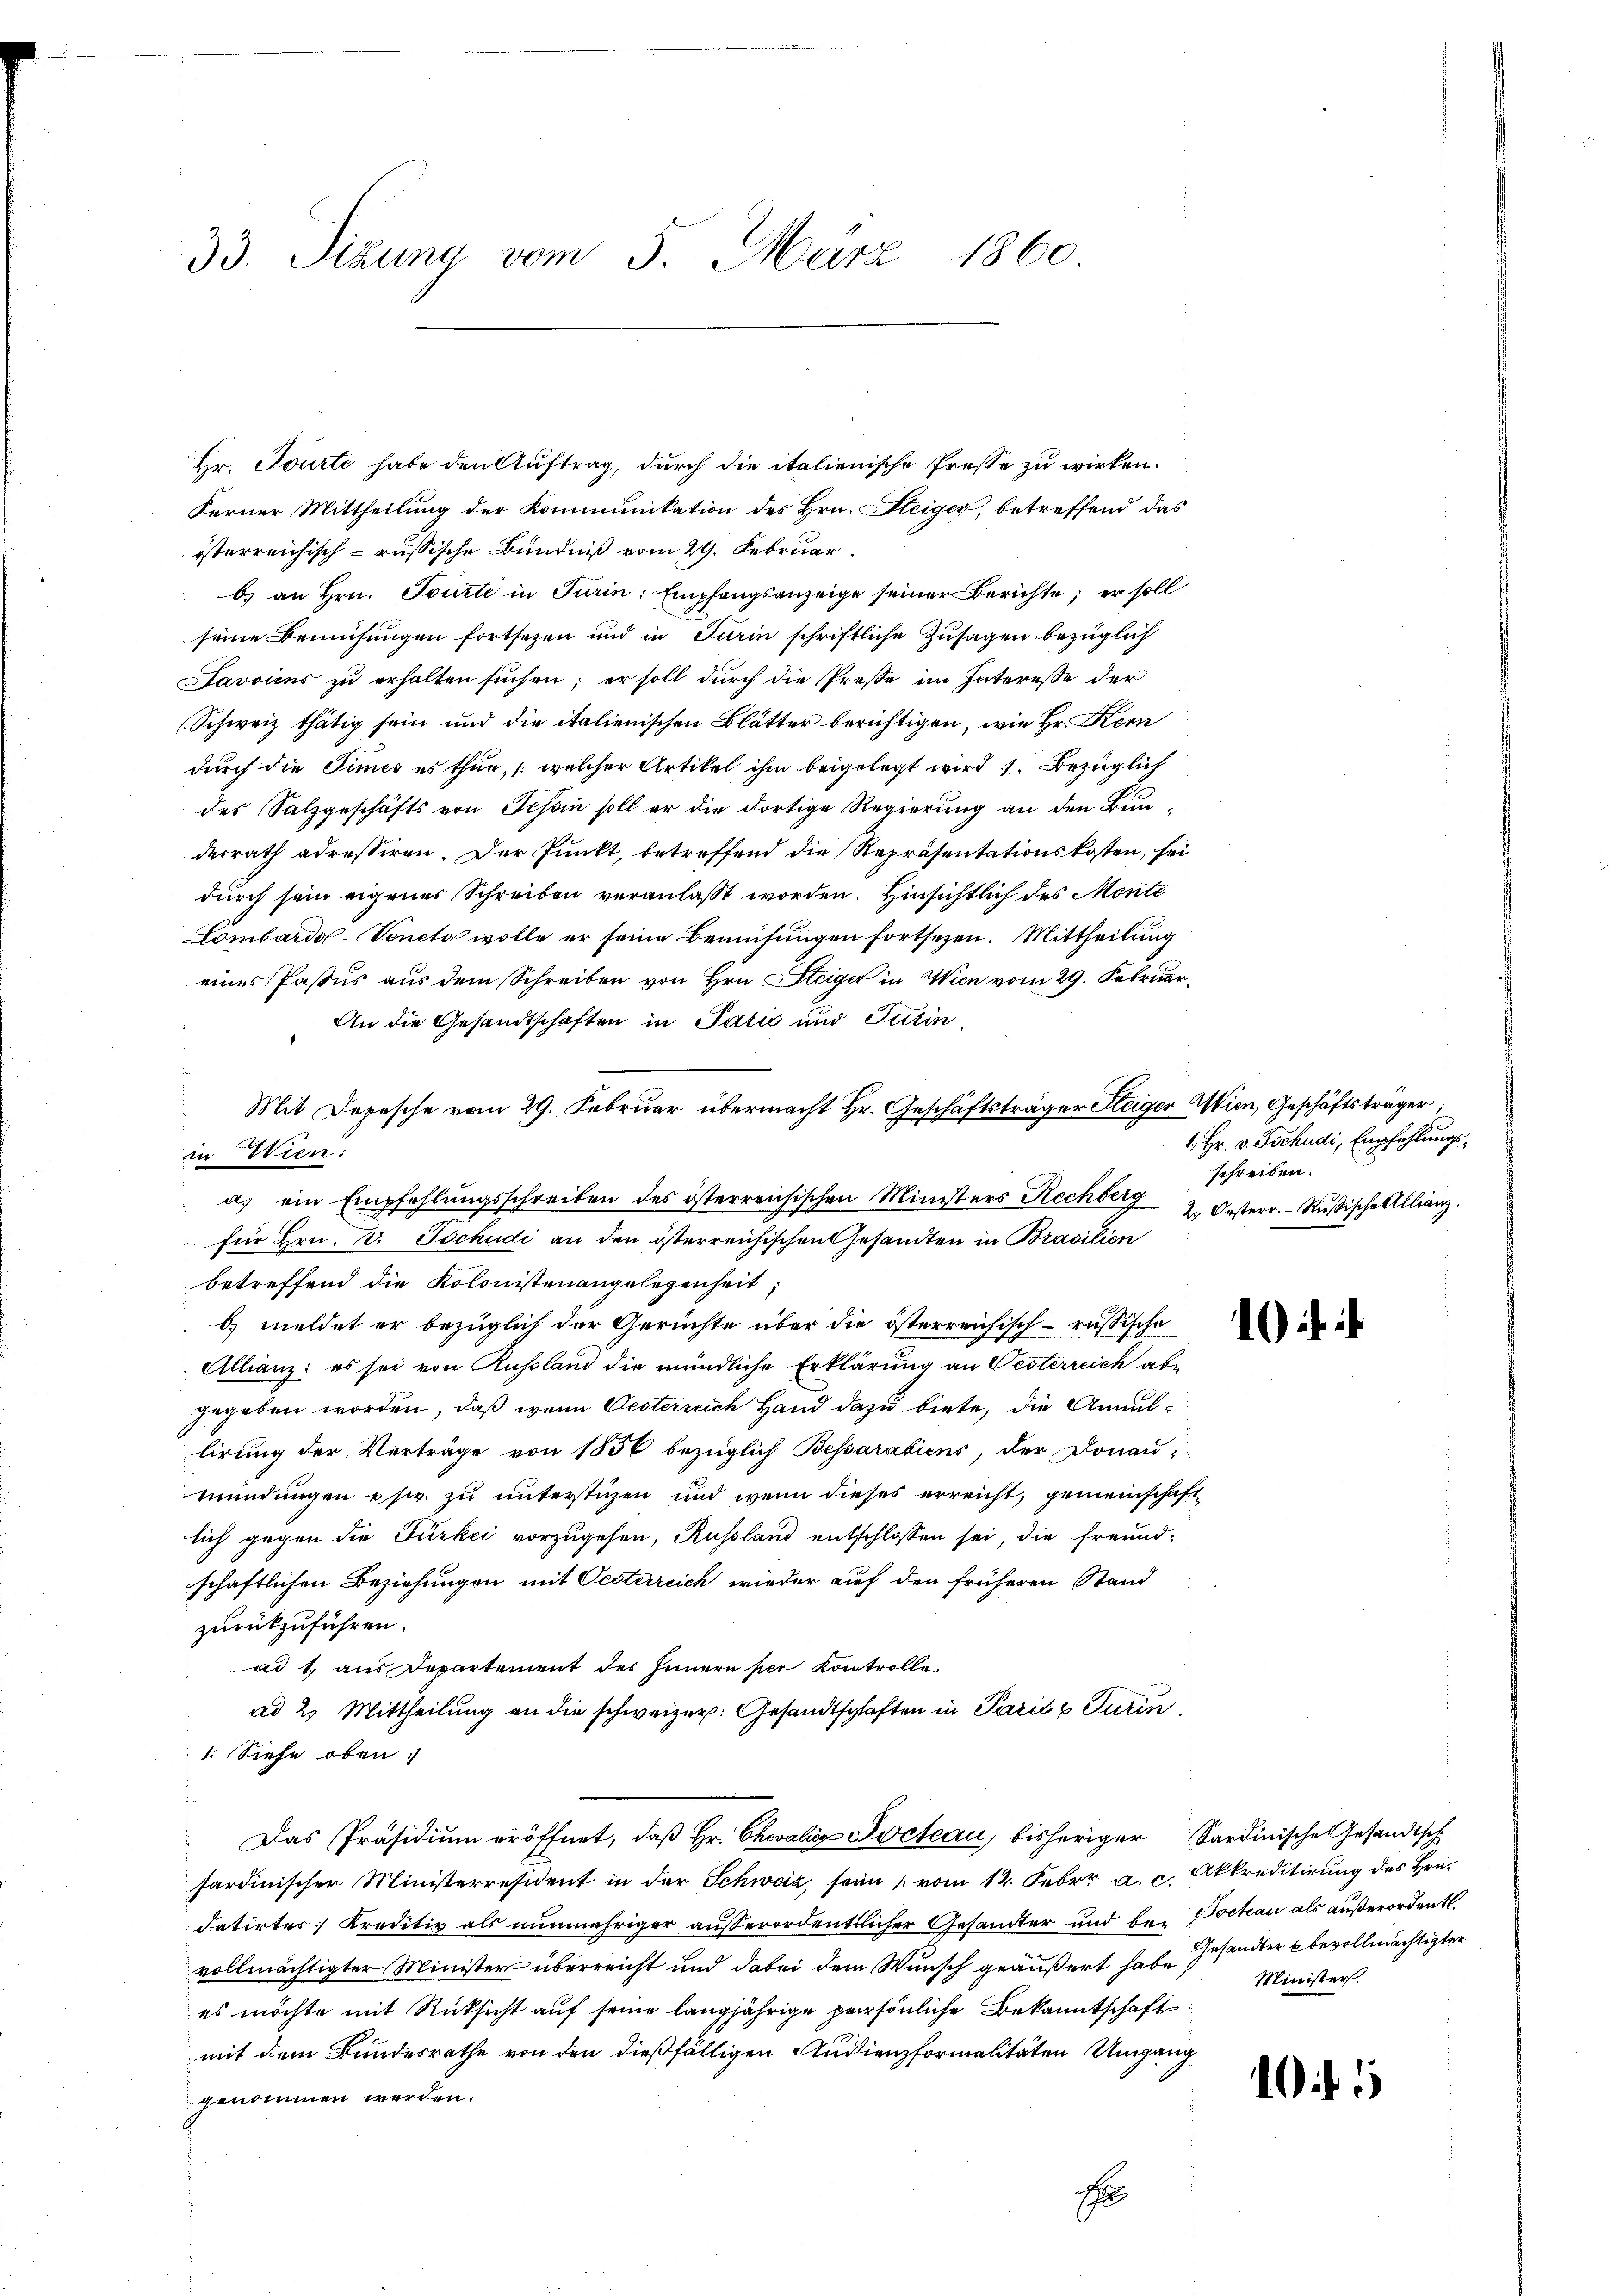
33. Sizung vom 5. März 1860

in Wien:

Hr. Tourte habe den Auftrag, durch die italienische Presse zu wirken.
Ferner Mittheilung der Kommunikation des Hrn. Steiger, betreffend das
österreichisch-russische Bündniß vom 29. Februar.
b) an Hrn. Tourti in Turin: Empfangsanzeige seiner Berichte; er soll
seine Bemühungen fortsetzen und in Turin schriftliche Zusagen bezüglich
Javviens zŭ erhalten sŭchen; er soll dŭrch die Prose im Interesse der
(Schweiz thätig sein und die italienischen Blätter berichtigen, wie Hr. Kern
durch die Times es thue, (welcher Artikel ihm beigelegt wird 1. Bezüglich
des Salzgeschäfts von Tessin soll er die dortige Regierung an den Bunderrath adressiren. Der Punkt, betreffend die Repräsentationskosten, sei
durch sein eigener Schreiben veranlaßt worden. Hinsichtlich des Monte
Lombardo-Veneto wolle er seine Bemühungen fortsetzen. Mittheilung
eines Passus aus dem Schreiben von Hrn. Steiger in Wien vom 29. Februar
An die Gesandtschaften in Talić und Turin
Mit Depesche vom 29. Februar übermacht Hr. Geschäftsträger Steiger Wien, Geschäftsträger
a. ein Empfehlŭngsschreiben des österreichischen Ministers Rechberg 2. Oesterr. - Rußische Allianz.
für Hrn. Dr. Tschudi an den österreichischen Gesandten in Brasilien
betreffend die Kolonistenangelegenheit,
b) meldet er bezüglich der Gerüchte über die österreichisch-russische
Allianz: es sei von Russland die mündliche Erklärung an Oesterreich abe
gegeben worden, daß wenn Oesterreich Hand dazu biete, die Annullirung der Verträge von 1856 bezüglich Bessarabiens, der Donau-
mündungen psw. zu unterstüzen und wenn dieses erreicht, gemeinschaft
lich gegen die Fürkei vorzugehen, Russland entschlossen sei, die freund-
schaftlichen Beziehungen mit Oesterreich wieder auf den früheren Stand
zurückzuführen.
ad 1, aus Departement des Innern per Kontrolle.
ad 2. Mittheilung an die schweizer: Gesandtschaften in Paris u Turin
1. Siehe oben;
Das Präsidium eröffnet, daß Hr. Chevalie Pocteau, bisheriger Sardinische Gesandtsch
fardinischer Ministerresident in der Schweiz, sein [vom 12. Febrr a. c. Akkreditirung des Hrn.
datirtes Kreditiv als nunmehriger außerordentlicher Gesandter und bei Pockau als außerordentl.
vollmächtigter Minister überreicht und dabei dem Wunsch geäußert habe Gesandter k bevollmächtigter
es möchte mit Rücksicht auf seine langjährige persönliche Bekanntschaft
mit dem Bundesrathe von den dießfälligen Audienzformalitäten Umgang
genommen werden.
F

1. Hr. v. Tschudi, Empfehlungsschreiben.

1

Minister.

15